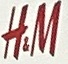
H.M